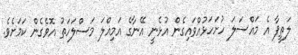
ލަތީފާ އެ މައްސަލަ ހުށަހަޅުއްވައިގެން އުޅެނީ އޭނާގެ އަމިއްލަ މަސްލަހަތު އޮވެގެން ކަމަށެވެ.